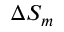
\Delta S _ { m }